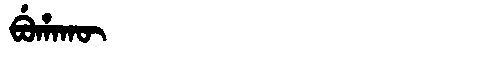
Manchu: ᠪᡠᡥᠠᡴᡡ
Romanization: BUHAKŪ